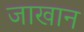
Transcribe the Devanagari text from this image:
जाखान